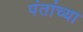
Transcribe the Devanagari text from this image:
पंतांच्या